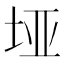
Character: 垭